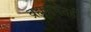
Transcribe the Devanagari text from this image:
ब्रह्मसभेतही